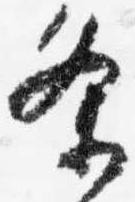
条